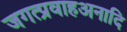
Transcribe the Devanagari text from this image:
जगत्प्रवाहअनादि